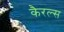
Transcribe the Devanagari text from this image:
कैरल्स